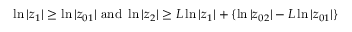
\ln | z _ { 1 } | \geq \ln | z _ { 0 1 } | { \mathrm { ~ a n d ~ } } \ln | z _ { 2 } | \geq L \ln | z _ { 1 } | + \{ \ln | z _ { 0 2 } | - L \ln | z _ { 0 1 } | \}